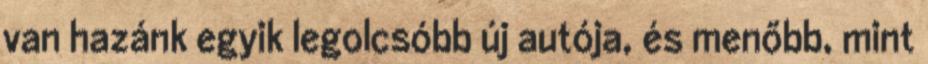
van hazánk egyik legolcsóbb új autója, és menőbb, mint